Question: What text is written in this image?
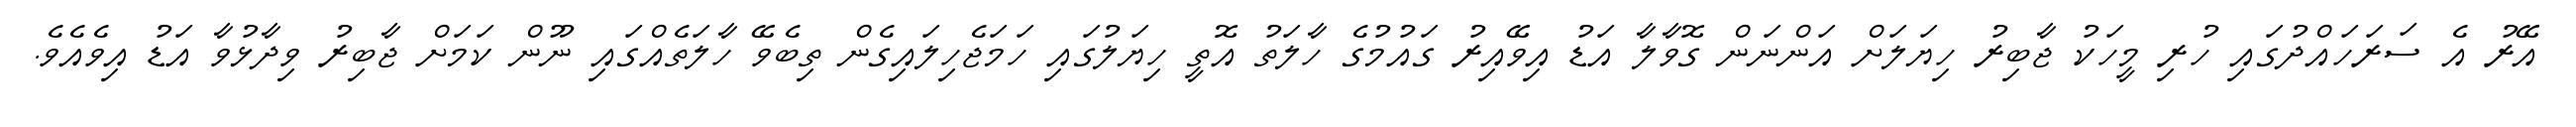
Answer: އޭރު އެ ސަރަހައްދުގައި ހުރި މީހަކު ޖާބިރު ހިޔަލަށް އަންނަން ގޮވާލާ އަޑު އިވޭއިރު ގައުމުގެ ހާލަތު އޮތީ ހިޔަލުގައި ހަމަޖެހިލައިގެން ތިބެވޭ ހާލަތެއްގައި ނޫން ކަމަށް ޖާބިރު ވިދާޅުވާ އަޑު އިވެއެވެ.